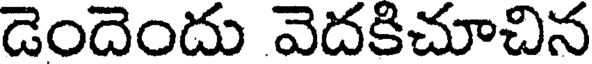
డెందెందు వెదకిచూచిన